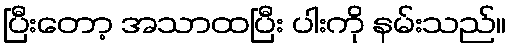
ပြီးတော့ အသာထပြီး ပါးကို နမ်းသည်။